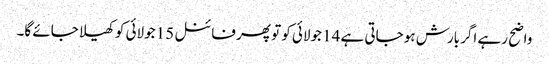
واضح رہے اگر بارش ہو جاتی ہے 14 جولائی کو تو پھر فائنل 15 جولائی کو کھیلا جائے گا۔